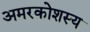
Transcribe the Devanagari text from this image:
अमरकोशस्य